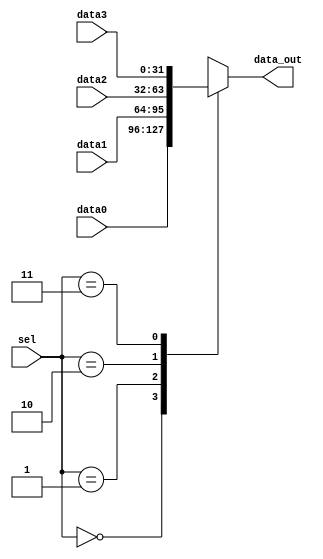
module mux_4_to_1
#(
	parameter   WIDTH = 32,
	parameter	width2 = 2
	
)

(
input      [WIDTH-1:0]		data0,
input      [WIDTH-1:0]		data1,
input      [WIDTH-1:0]		data2,
input      [WIDTH-1:0]		data3,
input      [width2-1:0]		sel,
output reg [WIDTH-1:0]		data_out
);


always@*
	begin
		case(sel)
			2'b00 : data_out = data0;
			2'b01 : data_out = data1;
			2'b10 : data_out = data2;
			2'b11 : data_out = data3;
		endcase
	end	
endmodule